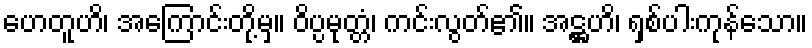
ဟေတူဟိ၊ အကြောင်းတို့မှ။ ဝိပ္ပမုတ္တံ၊ ကင်းလွတ်၏။ အဋ္ဌဟိ၊ ရှစ်ပါးကုန်သော။